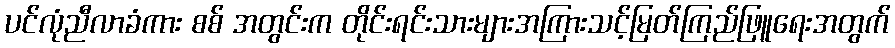
ပင်လုံညီလာခံကား စစ် အတွင်းက တိုင်းရင်းသားများအကြားသင့်မြတ်ကြည်ဖြူရေးအတွက်